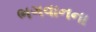
ભગવાનના